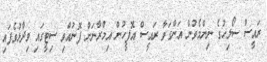
ރައީސް ސޯލިހުގެ ނިންމެވުން އަންގަވާ ރައީސް އޮފީހުން އިމްރާނަށް ފޮނުއްވި ސިޓީގައި ވިދާޅުވެފައި